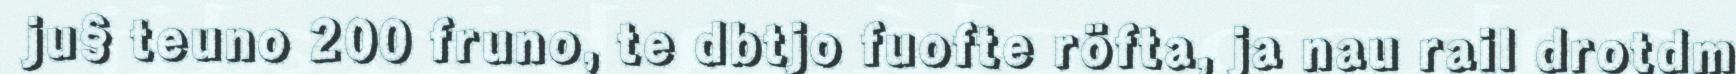
ju§ teuno 200 fruno, te dbtjo fuofte röfta, ja nau rail drotdm